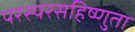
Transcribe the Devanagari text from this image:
परस्परसहिष्णुता